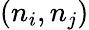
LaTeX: (n_{i},n_{j})